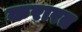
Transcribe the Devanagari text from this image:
करारत